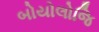
બોયોલોજિ